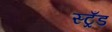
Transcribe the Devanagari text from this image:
स्ट्रँड